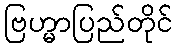
ဗြဟ္မာပြည်တိုင်